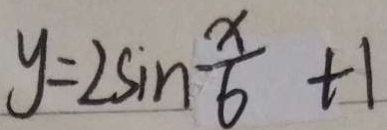
y = 2 \sin \frac { x } { 6 } + 1